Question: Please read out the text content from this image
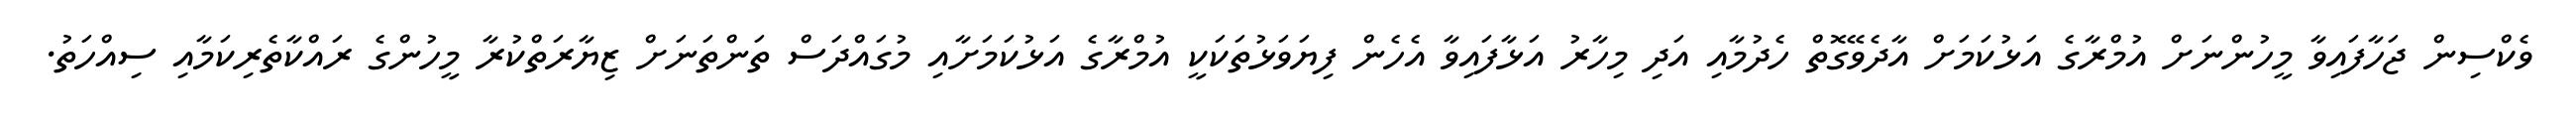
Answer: ވެކްސިން ޖަހާފައިވާ މީހުންނަށް އުމްރާގެ އަޅުކަމަށް އާދެވޭގޮތް ހެދުމާއި އަދި މިހާރު އަޅާފައިވާ އެހެން ފިޔަވަޅުތަކަކީ އުމްރާގެ އަޅުކަމަށާއި މުގައްދަސް ތަންތަނަށް ޒިޔާރަތްކުރާ މީހުންގެ ރައްކާތެރިކަމާއި ސިއްހަތު.